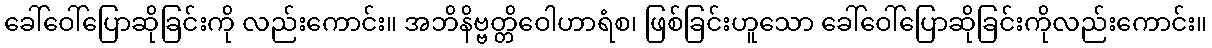
ခေါ်ဝေါ်ပြောဆိုခြင်းကို လည်းကောင်း။ အဘိနိဗ္ဗတ္တိဝေါဟာရံစ၊ ဖြစ်ခြင်းဟူသော ခေါ်ဝေါ်ပြောဆိုခြင်းကိုလည်းကောင်း။